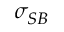
\sigma _ { S B }